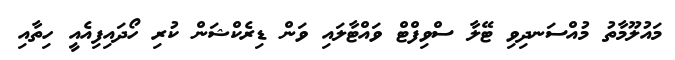
މައުލޫމާތު މުއްސަނދިވި ޓޭލާ ސްވިފްޓް ވައްޓާލައި ވަން ޑިރެކްޝަން ކުރި ހޯދައިފިއެއީ ހިތާއި